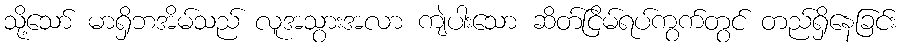
သို့သော် မာရှိဘအိမ်သည် လူအသွားအလာ ကျဲပါးသော ဆိတ်ငြိမ်ရပ်ကွက်တွင် တည်ရှိနေခြင်း